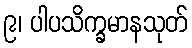
၉၊ ပါပသိက္ခမာနသုတ်